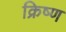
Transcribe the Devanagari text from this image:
क्रिष्ण